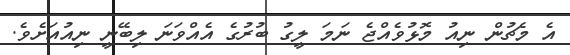
އެ މެޗުން ނިއު މޮޅުވެއްޖެ ނަމަ ލީގު ބުރުގެ އެއްވަނަ ލިބޭނީ ނިއުއަށެވެ.